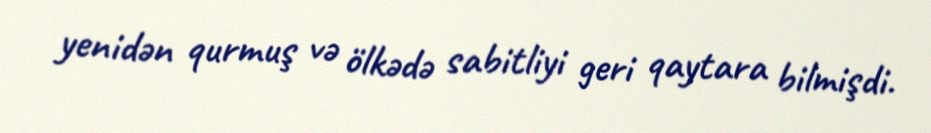
yenidən qurmuş və ölkədə sabitliyi geri qaytara bilmişdi.